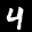
Label: 4